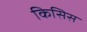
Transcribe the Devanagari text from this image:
किसिस